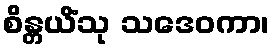
စိန္တယိံသု သဒေဝကာ၊